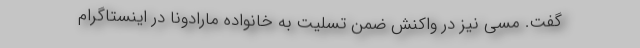
گفت. مسی نیز در واکنش ضمن تسلیت به خانواده مارادونا در اینستاگرام